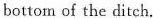
bottorn of the ditch.